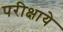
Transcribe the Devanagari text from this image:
परीक्षाये